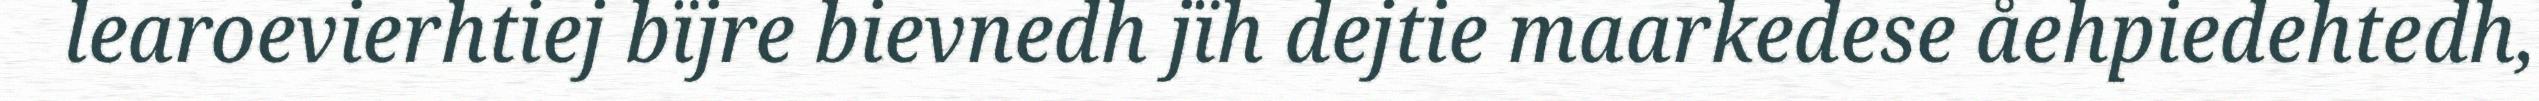
learoevierhtiej bïjre bievnedh jïh dejtie maarkedese åehpiedehtedh,